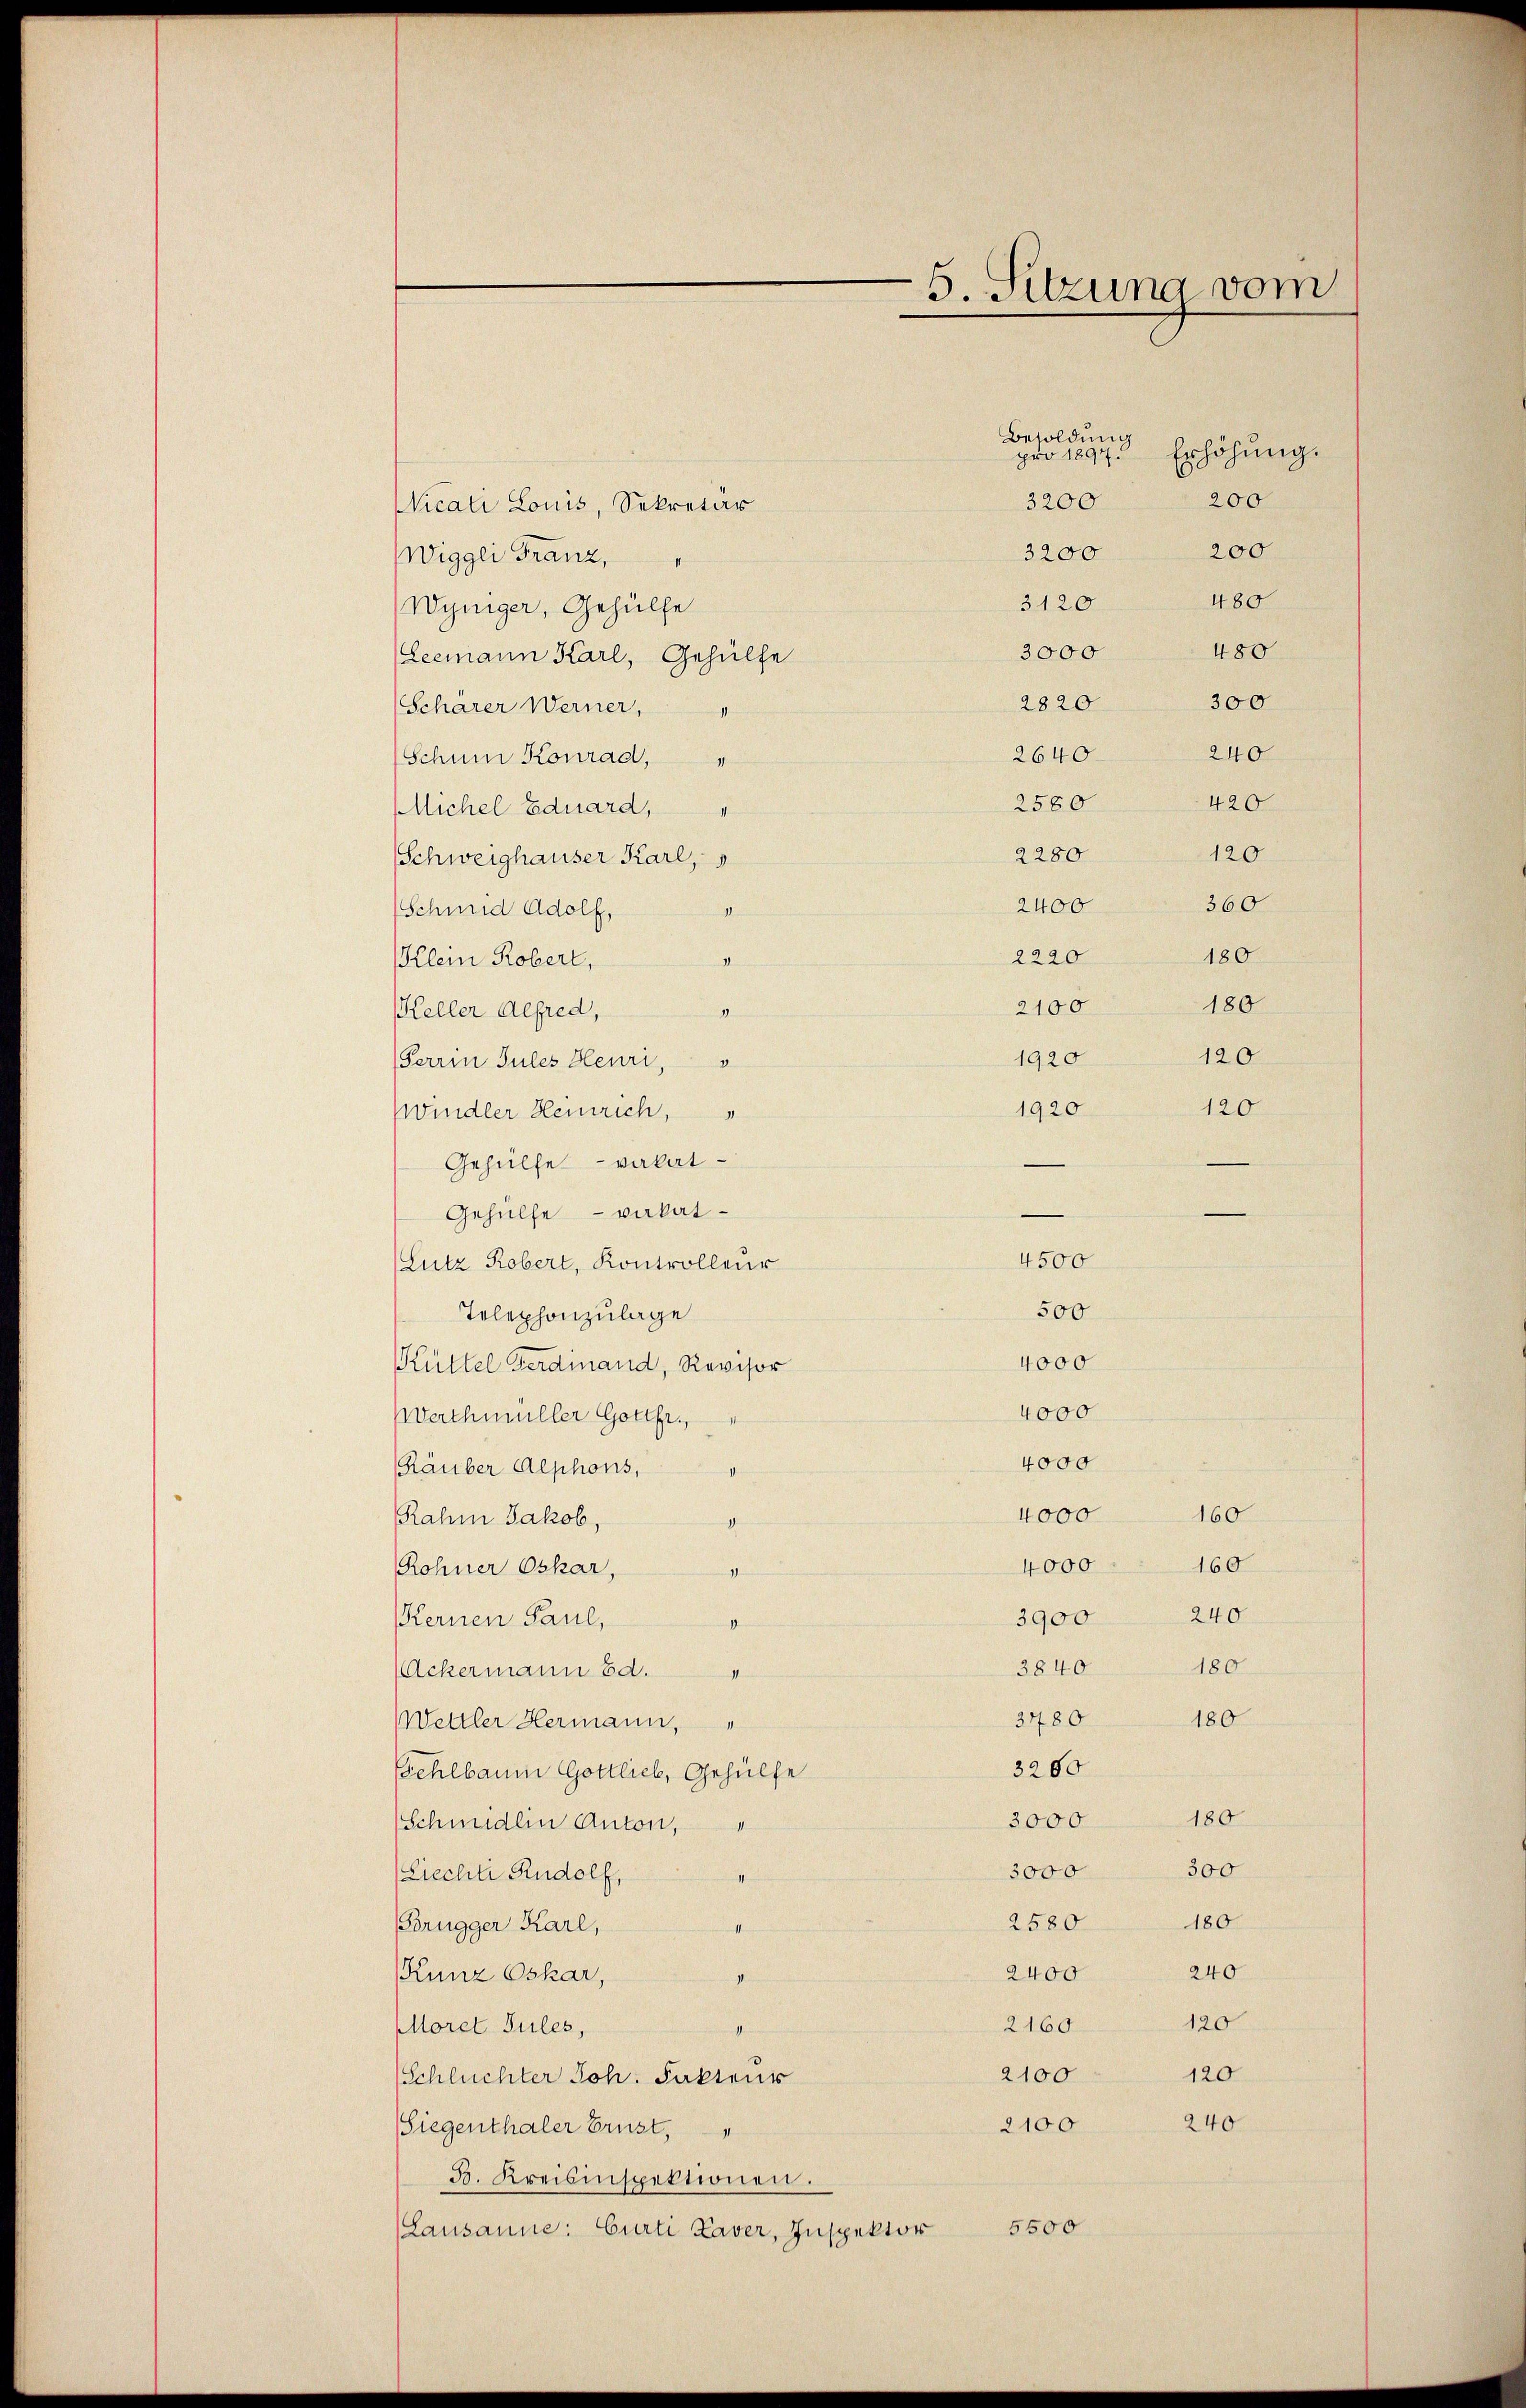
Nicati Louis, Sekretär
Wiggli Franz,
Wyniger, Gehülfe
Leemann Karl, Gehülfe
2820
Scharer Werner,
Schnen Konrad,
2580
Michel Eduard,
Schweighauser Karl,
8
Schmid Adolf,
nd
Klein Robert,
Keller Alfred,
9
Ferren Jules Henri,
Windler Heinrich,
Gehülfe vakat
Gehülfe vakal¬
Lutz Robert, Kontrolleur
Telephonzulage
Küttel Ferdinand, Revisor
Werthmüller Gottfr.,
Räuber Alphons,
Rahm Jakob,
4
Rohner Oskar,
1
Kernen Paul,
I
Ackermann Bd. 1
Wettler Hermann,
3200
Fehlbaum Gottlieb, Gehülfe
3000
Schmeidlen Anton,
3000
Liechte Rudolf,
2580
Brugger Karl,
2400
Kunz Oskar,
1
oret Sules,
2160
2100
Schluchter Joh. Faktens
2100
Siegenthaler Brust,
3. Kreisinspektionen.
5500
(Lausanne: Curti Laver, Inspektor

5. Sitzung vom

2220
2100
1920
4500
500
4000
4000
4000
4000
4000
3900
3840
3480

Besoldung
pro 1897.
3200

Erhöhung.
200
200
3200
480
3120
480
3000
300
240
2640
420
120
2280
360
2400
180
180
120
120
1920

160
160
240
180
180

300
180
240
120
120

180

240